Vaccination in Bombay 1913-1923 - 1913-1923
Year: 1913
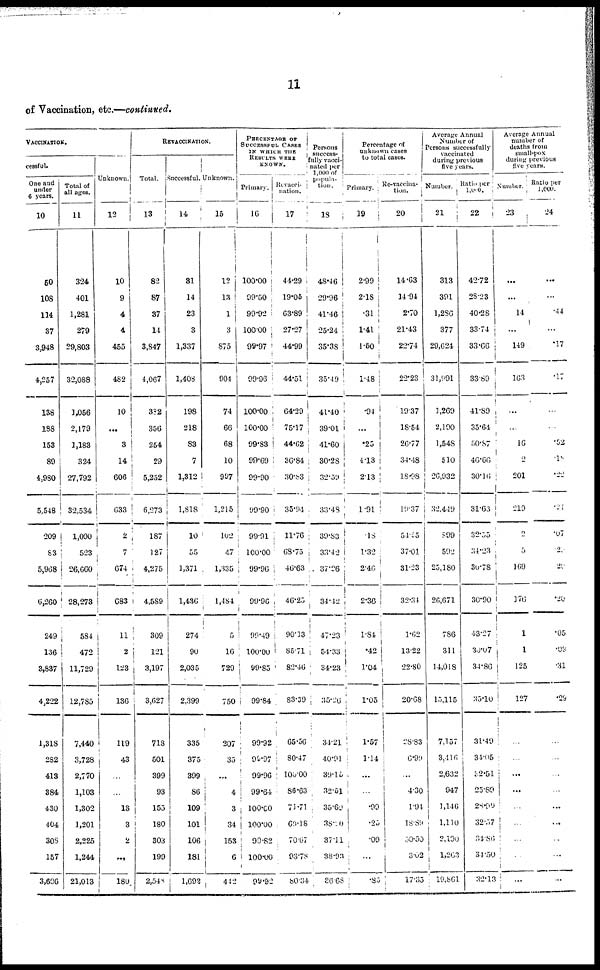
11
of Vaccination, etc.—continued.
VACCINATION.
cessful.
One and
under
6 years.
10
50
108
114
37
3,948
4,257
138
188
153
89
4,980
5,548
209
83
5,968
6,260
249
136
3,837
4,222
1,318
282
413
384
430
404
308
157
3,696
Total of
all ages.
11
324
401
1,281
279
29,803
32,088
1,056
2,179
1,183
324
27,792
32,534
1,090
523
26,660
28,273
584
472
11,729
12,785
7,440
3,728
2,770
1,103
1,302
1,201
2,225
1,244
21,013
Unknown.
12
10
9
4
4
455
482
10
...
3
14
606
633
2
7
674
683
11
2
123
136
119
43
...
...
13
3
2
...
180
REVACCINATION.
Total.
13
82
87
37
14
3,847
4,067
382
356
254
29
5,252
6,273
187
127
4,275
4,589
309
121
3,197
3,627
718
501
399
93
155
180
303
199
2,548
Successful.
14
31
14
23
3
1,337
1,408
198
218
83
7
1,312
1,818
10
55
1,371
1,436
274
90
2,035
2,399
335
375
399
86
109
101
106
181
1,692
Unknown.
15
12
13
1
3
875
904
74
66
68
10
997
1,215
102
47
1,335
1,484
5
16
729
750
207
35
...
4
3
34
153
6
4ł2
PERCENTAGE OF
SUCCESSFUL CASES
IN WHICH THE
RESULTS WERE
KNOWN.
Primary.
16
100.00
99.50
99.92
100.00
99.97
99.96
100.00
100.00
99.83
99.69
99.90
99.90
99.91
100.00
99.96
99.96
99.49
100.00
99.85
99.84
99.92
99.97
99.96
99.64
100.00
100.00
99.82
100.00
99.92
Revacci
nation.
17
44.29
19.05
63.89
27.27
44.99
44.51
64.29
75.17
44.62
36.84
30.83
35.94
11.76
68.75
46.63
46.25
90.13
85.71
82.46
83.39
65.56
80.47
100.00
86.63
71.71
69.18
70.67
93.78
80.34
Persons
success-
fully vacci
nated per
1,000 of
popula
tion.
18
48.46
29.96
41.46
25.24
35.38
35.49
41.40
39.01
41.60
30.28
32.59
33.48
39.83
33.42
37.26
34.42
47.23
54.33
34.23
35.26
34.21
40.91
39.15
32.51
35.69
38.10
37.11
38.93
36.68
Percentage of
unknown cases
to total cases.
Primary.
19
2.99
2.18
.31
l.4l
1.50
1.48
.94
...
.25
4.13
2.13
1.91
.18
1.32
2.46
2.36
1.84
.42
1.04
1.05
1.57
1.14
...
...
.99
.25
.09
...
.85
Re-vaccina-
tion.
20
14.63
14.94
2.70
21.43
22.74
22.23
19.37
18.54
26.77
34.48
18.98
19.37
54.55
37.01
31.23
32.34
1.62
13.22
22.80
20.68
28.83
6.99
...
4.30
1.94
18.89
50.50
3.02
17.35
Average Annual
Number of
Persons successfully
vaccinated
during previous
five years.
Number.
21
313
391
1,286
377
29,624
31,991
1,269
2,190
1,548
510
26,932
32,449
599
592
25,180
26,671
786
311
14,018
15,115
7,157
3,416
2,632
947
1,146
1,110
2,100
1,263
19,861
Ratio per
1,000. 22
42.72
28.23
40.28
33.74
33.66
33.89
41.89
35.64
50.87
46.66
30.16
31.63
32.55
34.23
30.78
30.90
43.27
30.07
34.86
35.10
31.49
34.05
32.51
25.89
28.99
32.57
34.86
34.50
32.13
Average Annual
number of
deaths from
small-pox
during previous
five years.
Number.
23
...
...
14
...
149
163
...
...
16
2
201
219
2
5
169
176
1
1
125
127
...
...
...
...
...
...
...
...
...
Ratio per
1,000.
24
...
...
.44
...
.17
.17
...
...
.52
.10
.22
.21
.07
.20
.20
.20
.05
.08
.31
.29
...
...
...
...
...
...
...
...
...